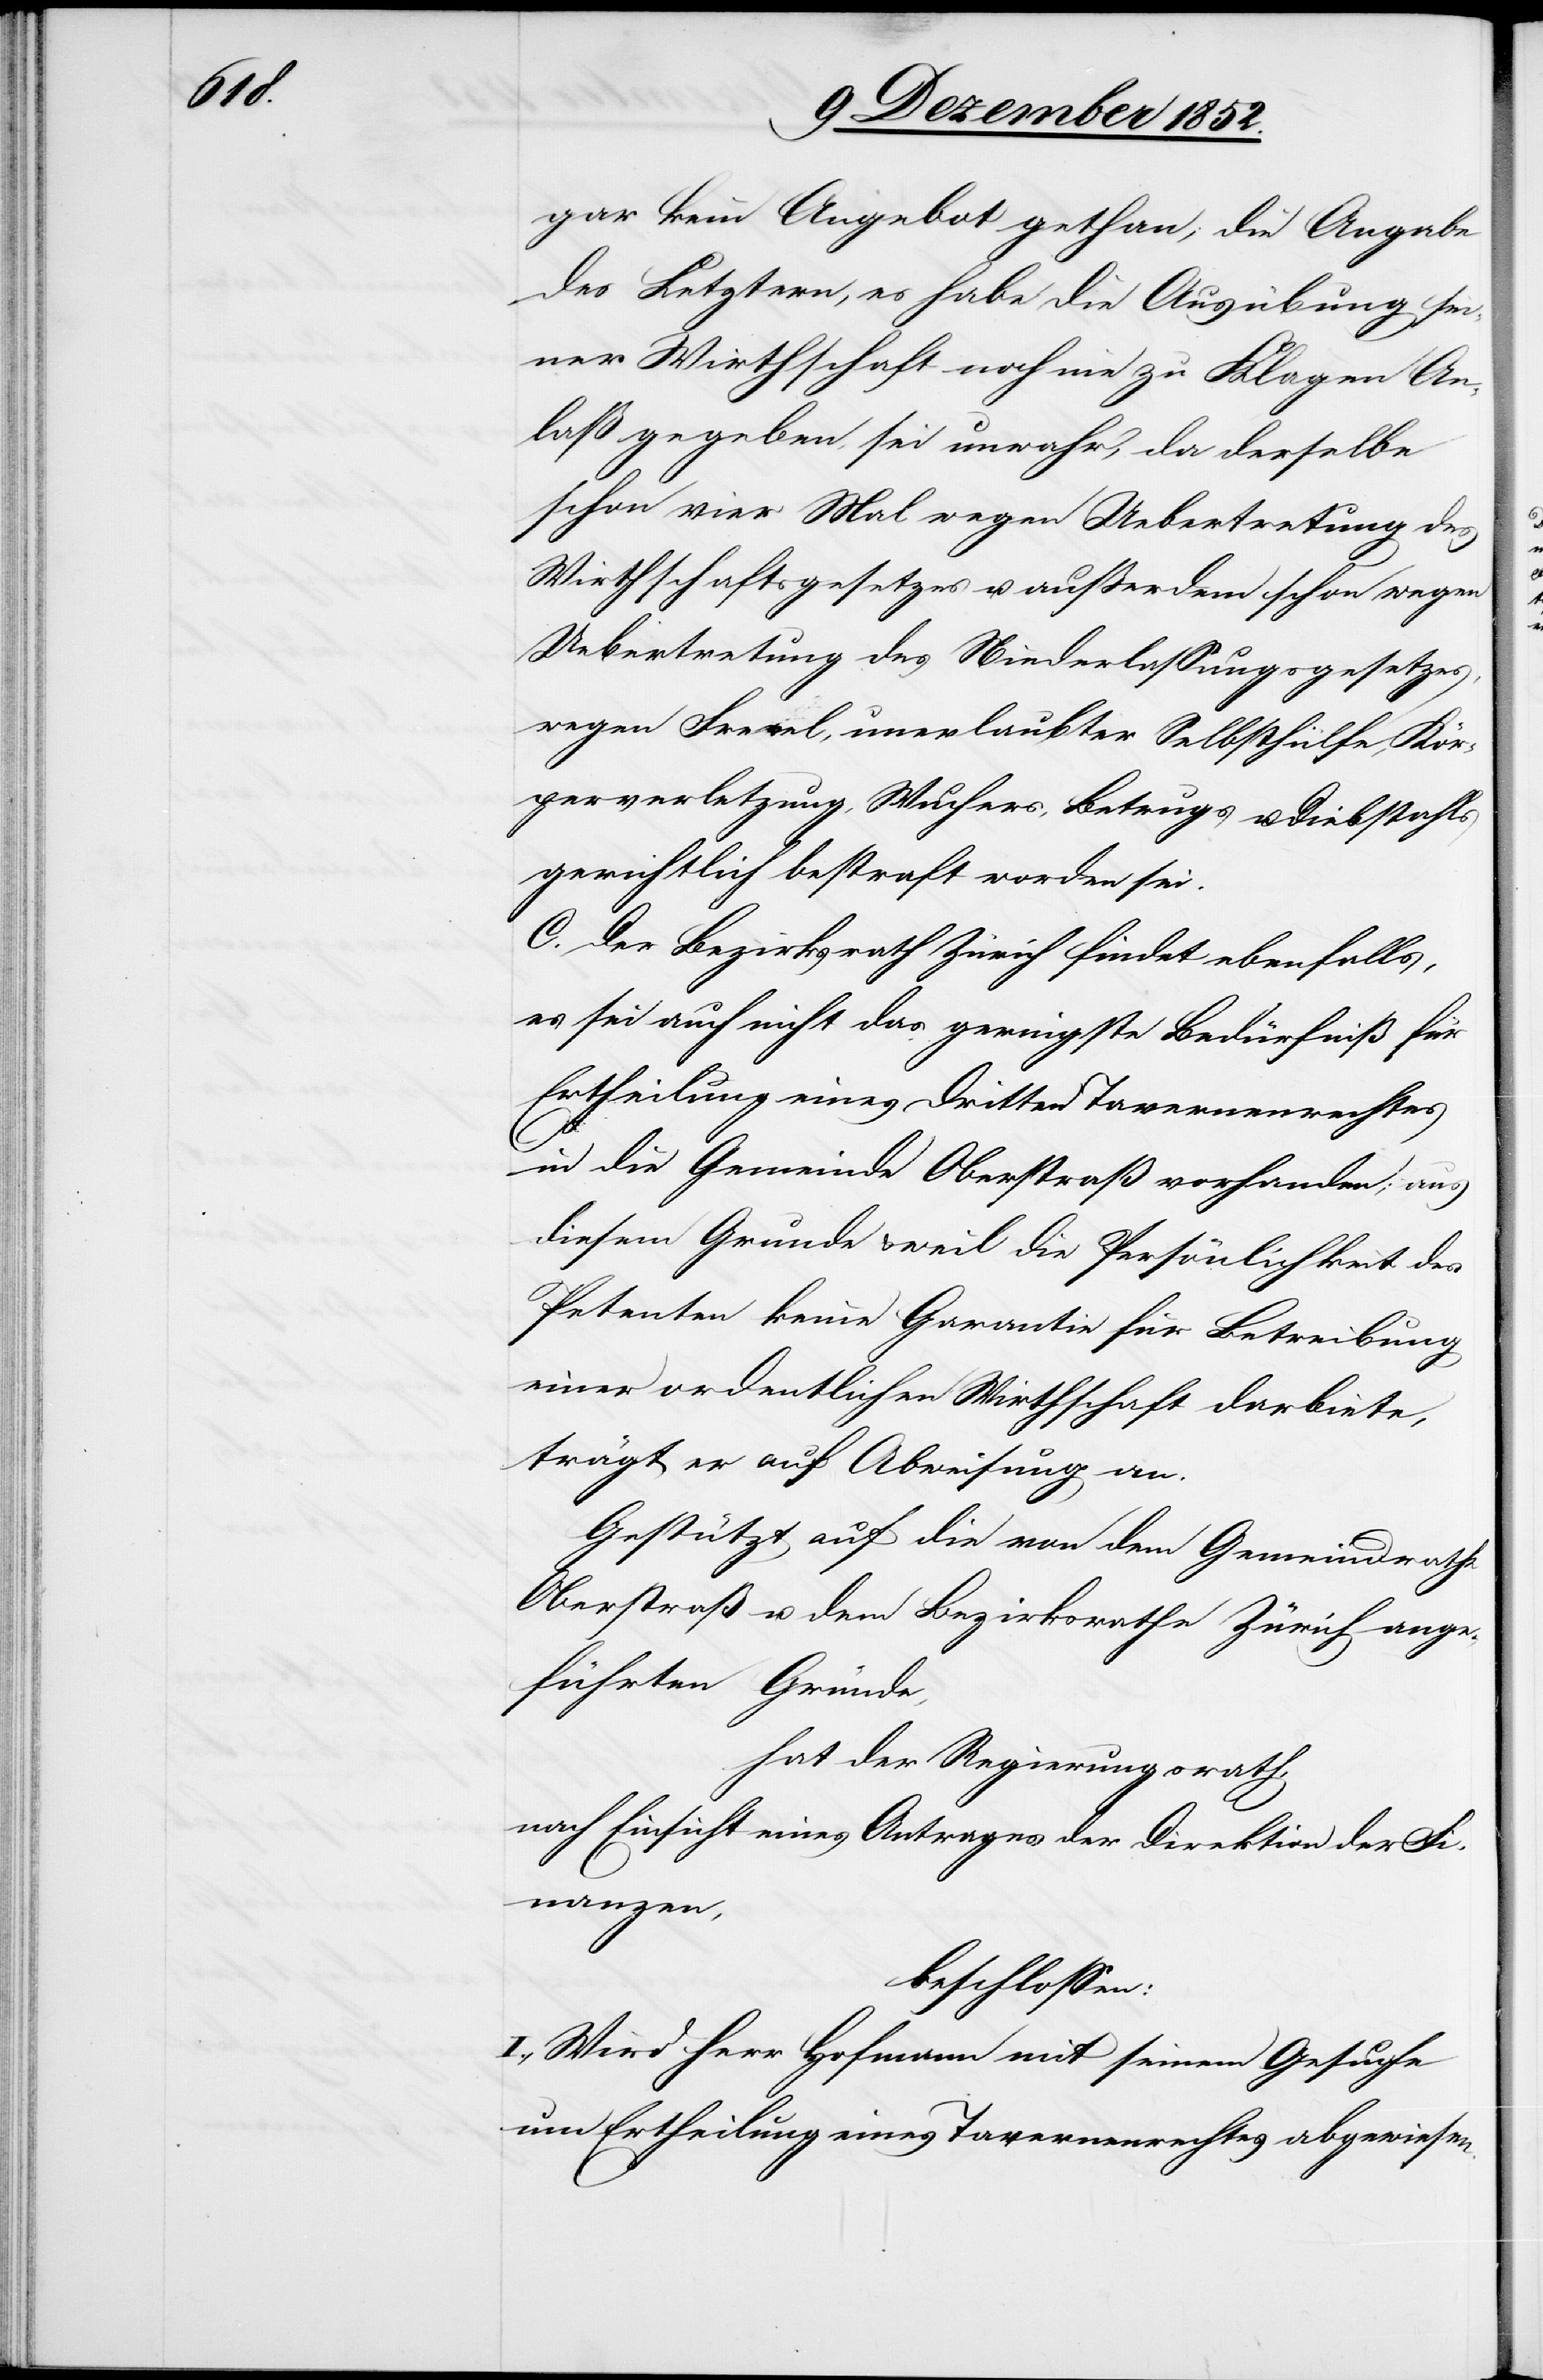
gar kein Angebot gethan; die Angabe
des Letztern, es habe die Ausübung sei¬
ner Wirthschaft noch nie zu Klagen An¬
laß gegeben, sei unwahr, da derselbe
schon vier Mal wegen Uebertretung des
Wirthschaftsgesetzes u. außerdem schon wegen
Uebertretung des Niederlassungsgesetzes,
wegen Frevel, unerlaubter Selbsthülfe, Kör¬
perverletzung, Wuchers, Betrugs u. Diebstahls
gerichtlich bestraft worden sei.
C. Der Bezirksrath Zürich findet ebenfalls,
es sei auch nicht das geringste Bedürfniß für
Ertheilung eines dritten Tavernenrechtes
in die Gemeinde Oberstraß vorhanden; aus
diesem Grunde & weil die Persönlichkeit des
Petenten keine Garantie für Betreibung
einer ordentlichen Wirthschaft darbiete,
trägt er auf Abweisung an.
Gestützt auf die von dem Gemeindrathe
Oberstraß u. dem Bezirksrathe Zürich ange¬
führten Gründe,
hat der Regierungsrath,
nach Einsicht eines Antrages der Direktion der Fi¬
nanzen,
beschlossen:
I., Wird Herr Hofmann mit seinem Gesuche
um Ertheilung eines Tavernenrechtes abgewiesen.